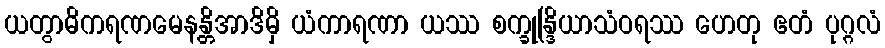
ယတွာဓိကရဏမေနန္တိအာဒိမှိ ယံကာရဏာ ယဿ စက္ခုန္ဒြိယာသံဝရဿ ဟေတု ဧတံ ပုဂ္ဂလံ